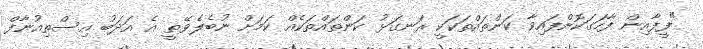
"ފީފާއިން ފާހަގަކޮށްފައިވާ ކަންތައްތަކަކީ ރަނގަޅު ކަންތައްތަކެއް ކަމަށް ނުބެލެވޭތީ އެ އަދަބު އިސްތިއުނާފް